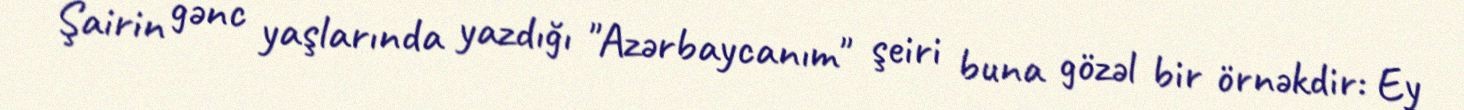
Şairin gənc yaşlarında yazdığı "Azərbaycanım" şeiri buna gözəl bir örnəkdir: Ey